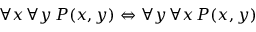
\forall x \, \forall y \, P ( x , y ) \Leftrightarrow \forall y \, \forall x \, P ( x , y )